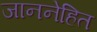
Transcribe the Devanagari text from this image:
जाननेहित